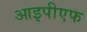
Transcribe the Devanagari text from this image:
आइपीएफ